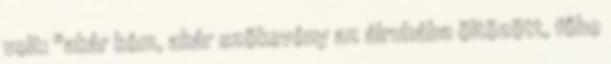
volt: "akár kém, akár szökevény az álruhába öltözött, főbe